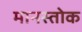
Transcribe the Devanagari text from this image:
मानस्तोक